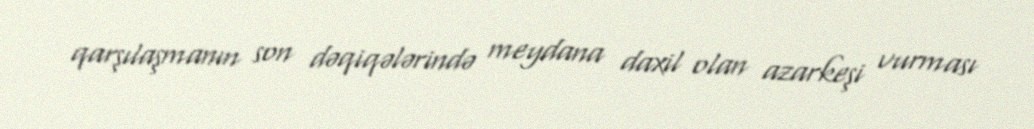
qarşılaşmanın son dəqiqələrində meydana daxil olan azarkeşi vurması